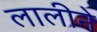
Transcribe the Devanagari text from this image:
लालीने